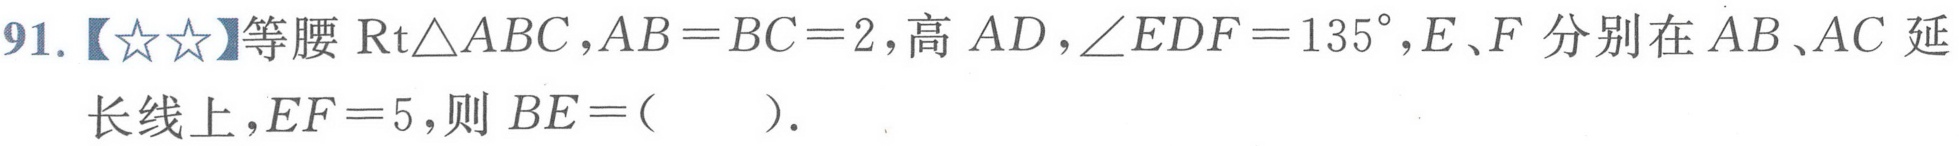
91.【★★】等腰\(\text{Rt}\triangle ABC\)，\(AB = BC = 2\)，高 \(AD\)，\(\angle EDF = 135^{\circ}\)，\(E\)、\(F\) 分别在 \(AB\)、\(AC\) 延长线上，\(EF = 5\)，则 \(BE=(\quad)\).